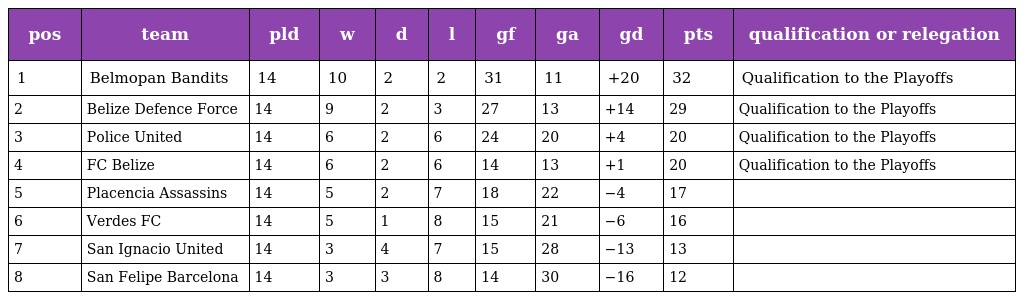
| pos | team | pld | w | d | l | gf | ga | gd | pts | qualification or relegation |
 | --- | --- | --- | --- | --- | --- | --- | --- | --- | --- | --- |
 | 1 | Belmopan Bandits | 14 | 10 | 2 | 2 | 31 | 11 | +20 | 32 | Qualification to the Playoffs |
 | 2 | Belize Defence Force | 14 | 9 | 2 | 3 | 27 | 13 | +14 | 29 | Qualification to the Playoffs |
 | 3 | Police United | 14 | 6 | 2 | 6 | 24 | 20 | +4 | 20 | Qualification to the Playoffs |
 | 4 | FC Belize | 14 | 6 | 2 | 6 | 14 | 13 | +1 | 20 | Qualification to the Playoffs |
 | 5 | Placencia Assassins | 14 | 5 | 2 | 7 | 18 | 22 | −4 | 17 |  |
 | 6 | Verdes FC | 14 | 5 | 1 | 8 | 15 | 21 | −6 | 16 |  |
 | 7 | San Ignacio United | 14 | 3 | 4 | 7 | 15 | 28 | −13 | 13 |  |
 | 8 | San Felipe Barcelona | 14 | 3 | 3 | 8 | 14 | 30 | −16 | 12 |  |